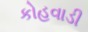
કોહવાડી